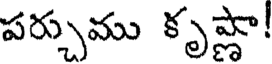
పర్చుము కృష్ణా!